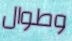
وطوال